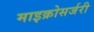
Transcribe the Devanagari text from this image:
माइक्रोसर्जरी